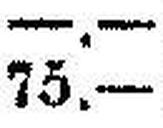
75.—